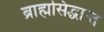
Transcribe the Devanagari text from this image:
ब्राह्मसिद्धान्त